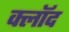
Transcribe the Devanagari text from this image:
क्लॉद